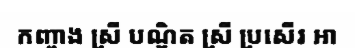
កញ្ចាង ស្រី បណ្ឌិត ស្រី ប្រសើរ អា